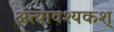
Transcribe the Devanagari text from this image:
अत्यावश्यकश्